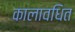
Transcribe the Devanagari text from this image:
कालावधित